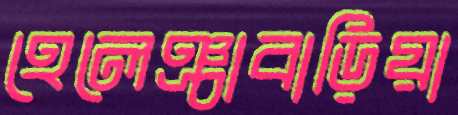
হেলেঞ্চাবাড়িয়া